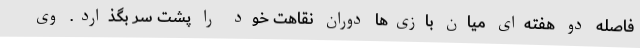
فاصله دو هفته‌ای میان بازی‌ها دوران نقاهت خود را پشت سر بگذارد. وی